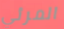
المرئي